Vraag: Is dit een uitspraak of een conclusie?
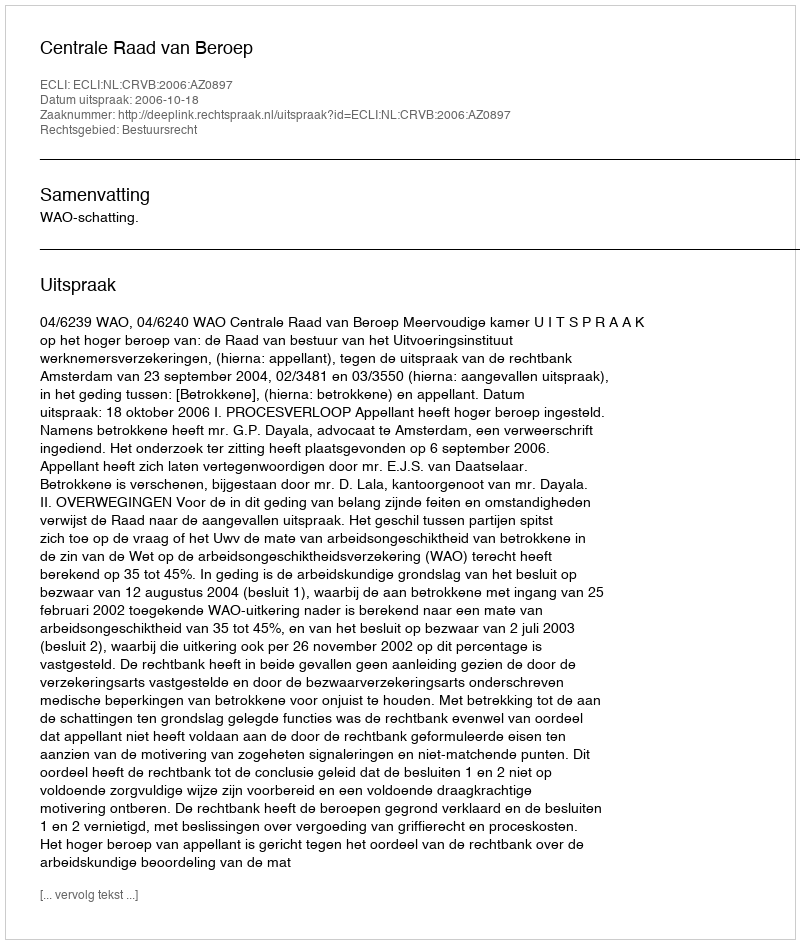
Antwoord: Uitspraak